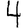
Digit: 4